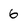
Character: 6